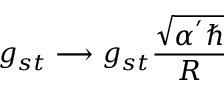
g _ { s t } \longrightarrow g _ { s t } \frac { \sqrt { \alpha ^ { ' } \hbar } } { R }